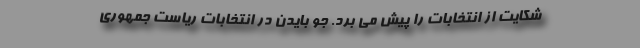
شکایت از انتخابات را پیش می برد. جو بایدن در انتخابات ریاست جمهوری